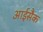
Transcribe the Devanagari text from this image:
आईसैक